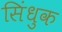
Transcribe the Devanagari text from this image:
सिंधुक